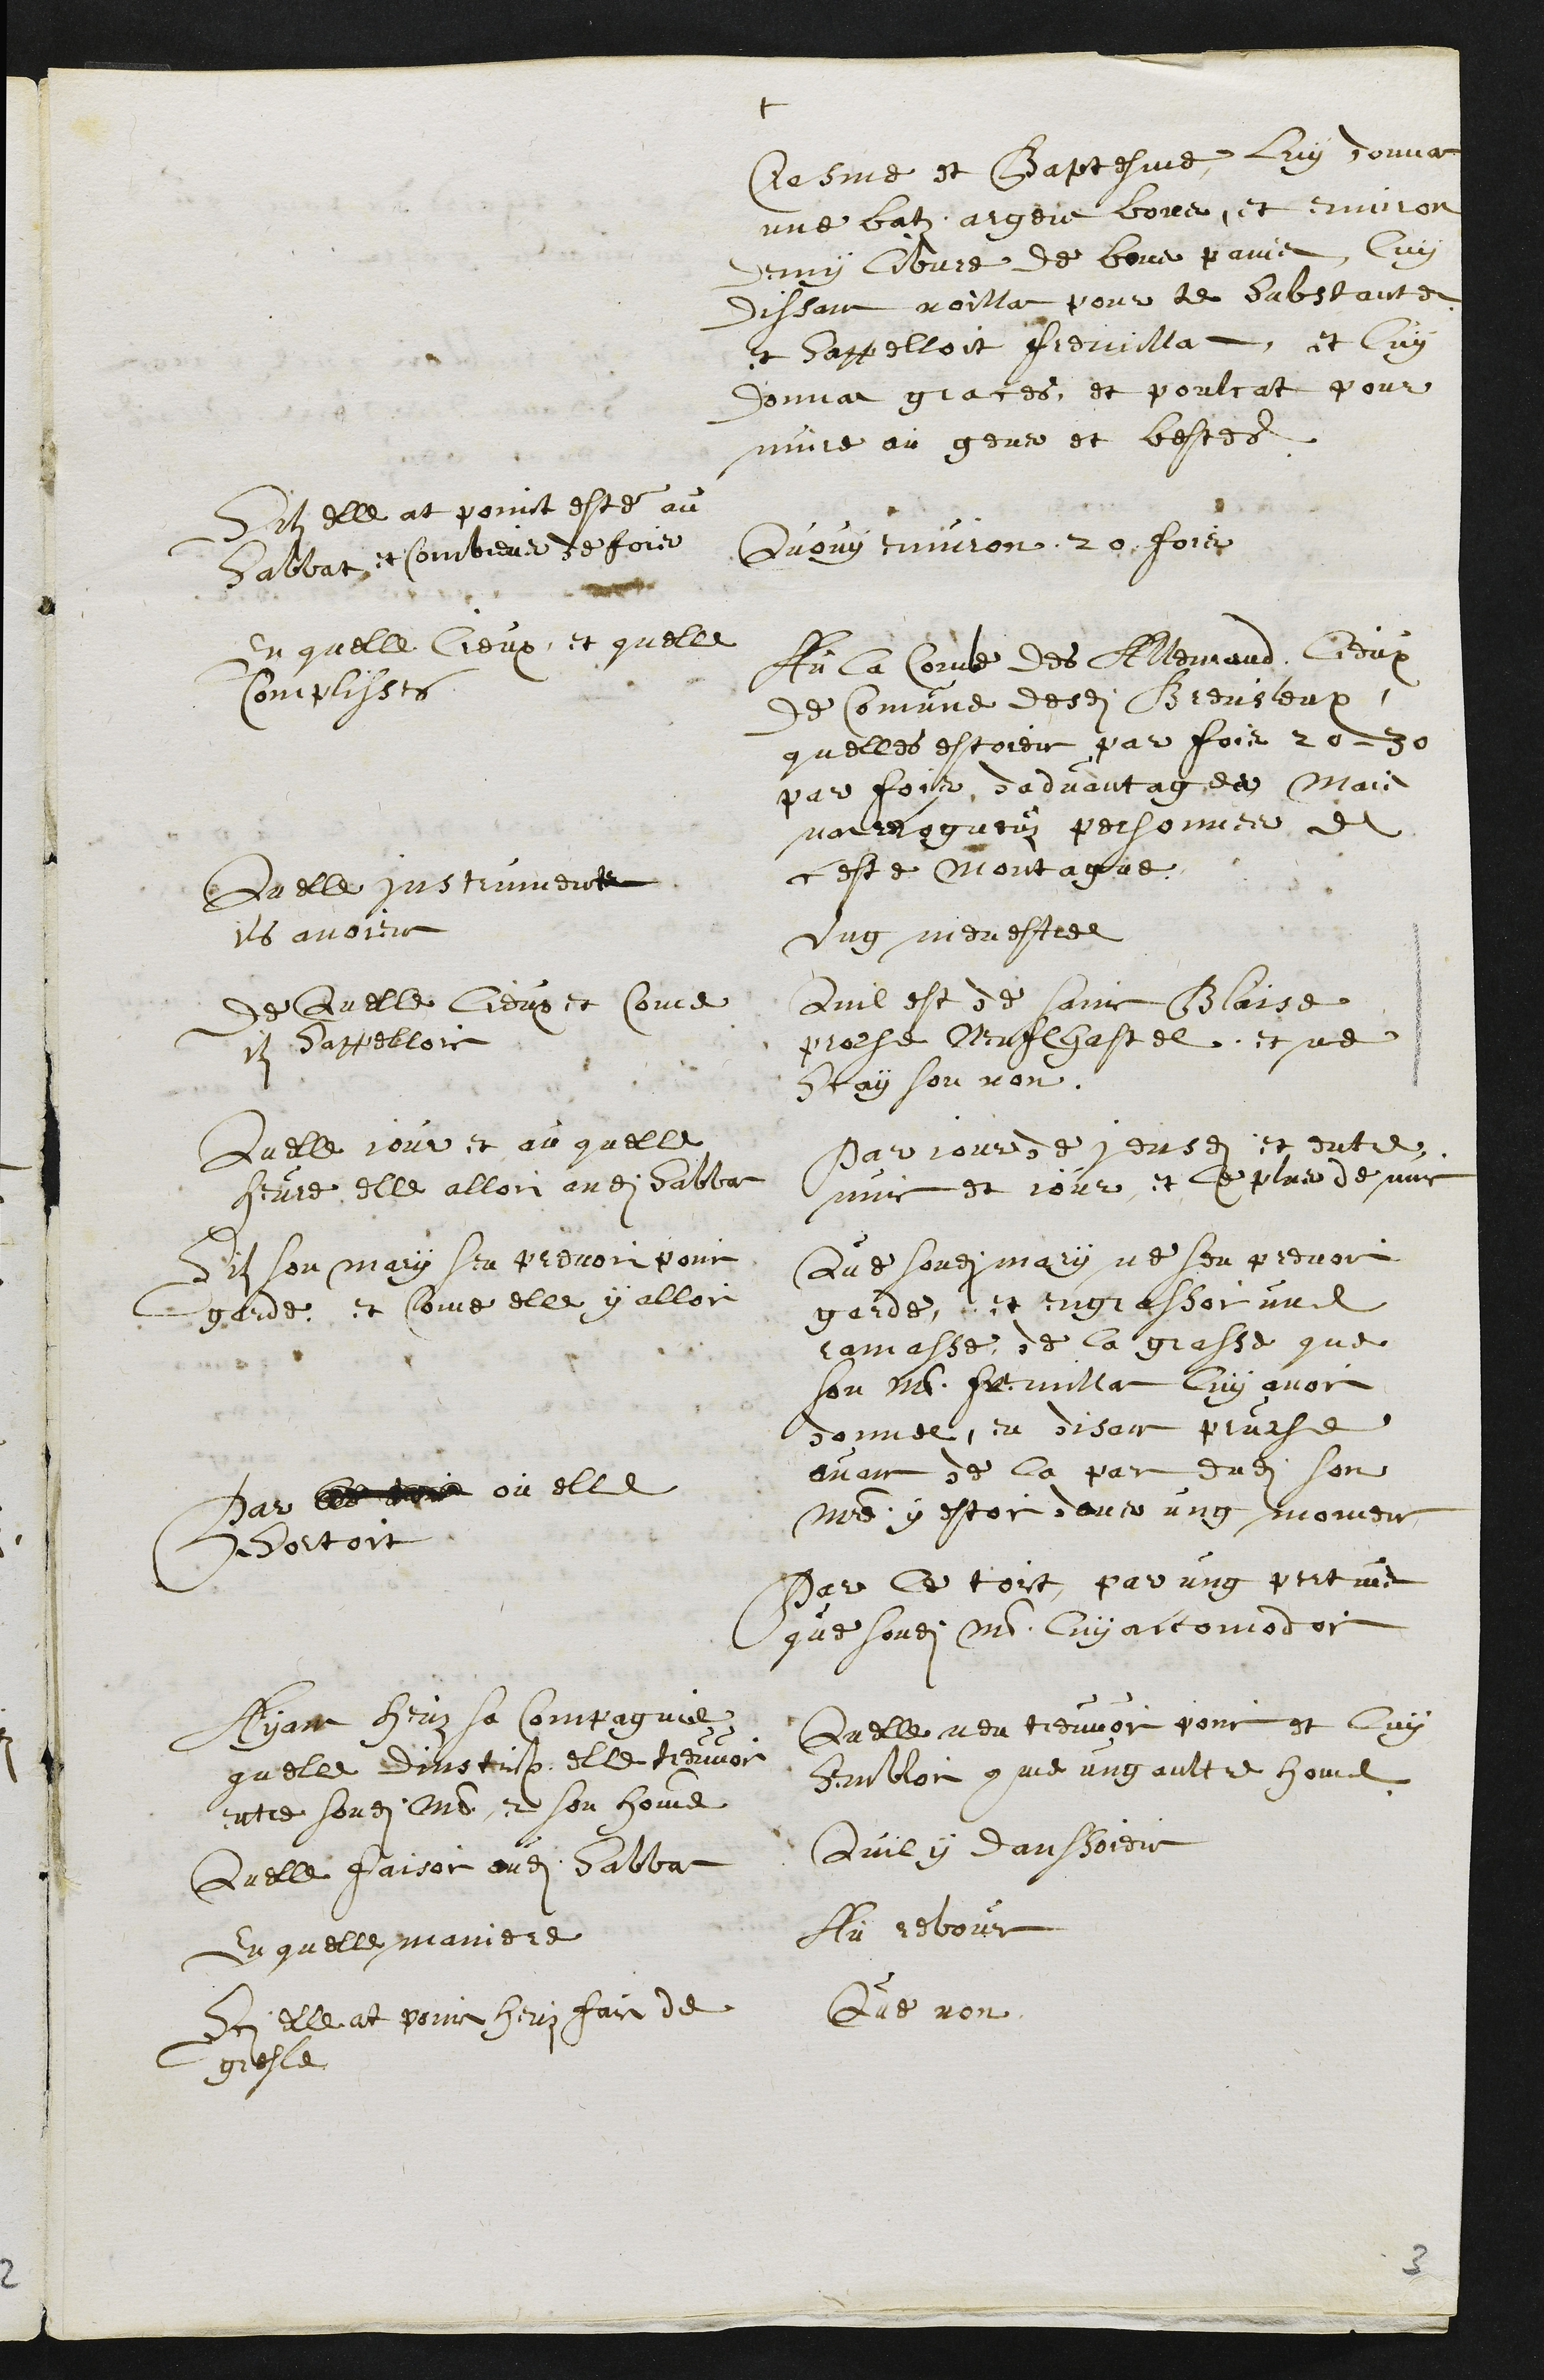
+
Cresme et Baptesme luy donna
une batz argent bons, et environ
demy libvre de bons pains, luy
dissant voillat pour te substanter
et sappelloit Fremillat, et luy
donnat graces et poulcat pour
nuire au gens et bestes
Silz elle at point esté au
Sabbat, et combiens de fois
Quouy environ 20 fois
En quelle lieux, et quelle
Complisses
Au la Combe des Allemand, lieux
de Comune desdits Breusleux
quelles estoient par fois 20 - 30
par fois dadvantages Mais
nat recogneuz personnes de
ceste Montagne.
Quelle instruments
ils avoient
ung menestree
De Quelle lieux et come
ilz sappelloit
Quil est de saint Blaise
proche Neufchastel et ne
scay son non.
Quelle jour et au quelle
heure elle alloit audit Sabbat
Par jour de jeusdi et entre
nuit et jour et le plus de nuit
Silz son mary sen prenoit point
garde, et come elle y alloit
Que sondit mary ne sen prenoit
garde, et engrassoit une
ramasse, de la grasse que
son maistre Fremillat luy avoit
donnee, en disant pruche
avant de la par dudit son
maistre y estoit dans ung moment
Par  ou elle
sortoit
Par le toit, par ung pertuis
que sondit maistre luy accomodoit
Ayant heuz sa Compagnie
quelle dinstinction elle treuvoit
entre sondit maistre et son homme
Quelle nen treuvoit point et luy
Sembloit comme ung aultre home
Quelle faisoit audit Sabbat
Quil y danssoient
En quelle maniere
Au rebour
Sci elle at point heuz faict de
gresle
Que non.
3